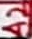
Text: A2